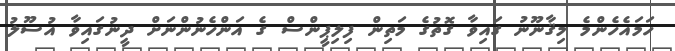
ހަމައެހެންމެ މިޤާނޫނު ގައިވާ ގޮތުގެ މަތިން ފިލިޕީންސް ގެ އަންހެނުންނަށް ދީނުގައިވާ އުސޫލު